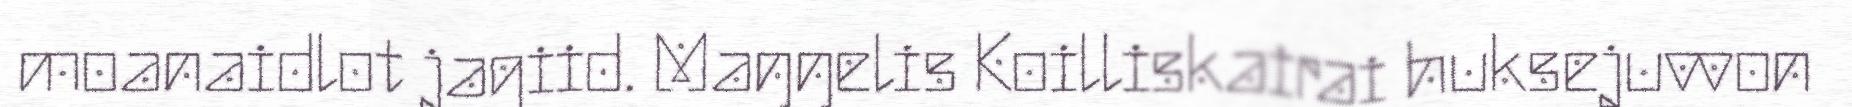
moanaidlot jagiid. Maŋŋelis Koilliskairai huksejuvvon